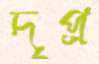
দৃপ্র